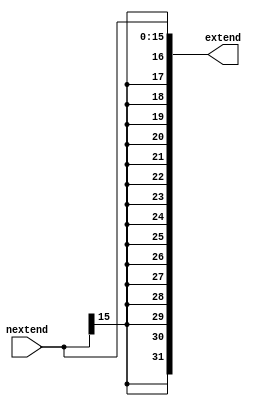
module s_extend(
    input wire  [15:0] nextend,
    output reg  [31:0] extend);

always @* begin
    extend <= {{16{nextend[15]}}, nextend[15:0]};
end

endmodule